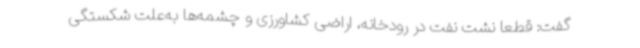
گفت: قطعا نشت نفت در رودخانه، اراضی کشاورزی و چشمه‌ها به‌علت شکستگی